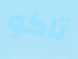
تاكو